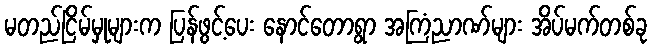
မတည်ငြိမ်မှုများက ပြန်ဖွင့်ပေး နောင်တောရွာ အကြံညာဏ်များ အိပ်မက်တစ်ခု